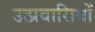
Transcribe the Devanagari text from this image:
उत्प्रवासियों